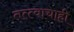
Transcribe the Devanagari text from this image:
तत्त्वाचाही